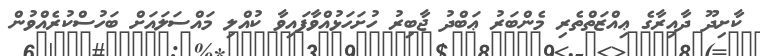
ކާށިދޫ ދާއިރާގެ ޢިއްޒަތްތެރި މެންބަރު ޢަބްދު ޖާބިރު ހުށަހަޅުއްވާފައިވާ ކުއްލި މައްސަލައަށް ބަހުސްކުރެއްވުން